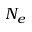
N _ { e }